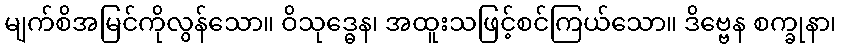
မျက်စိအမြင်ကိုလွန်သော။ ဝိသုဒ္ဓေန၊ အထူးသဖြင့်စင်ကြယ်သော။ ဒိဗ္ဗေန စက္ခုနာ၊